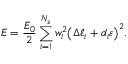
E = \frac { E _ { 0 } } { 2 } \sum _ { i = 1 } ^ { N _ { s } } { w _ { i } ^ { 2 } \big ( \Delta \ell _ { i } + d _ { i } \varepsilon \big ) ^ { 2 } } .